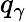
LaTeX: q_{\gamma}